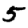
Digit: 5